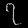
Digit: ၇